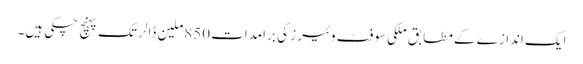
ایک اندازے کے مطابق ملکی سوفٹ وئیر ز کی برامدات 850ملین ڈالر تک پہنچ چکی ہیں۔